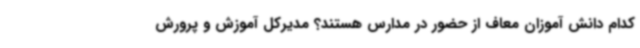
کدام دانش آموزان معاف از حضور در مدارس هستند؟ مدیرکل آموزش و پرورش